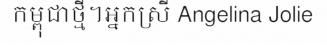
កម្ពុជាថ្មី។អ្នកស្រី Angelina Jolie